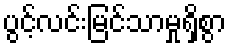
ပွင့်လင်းမြင်သာမှုရှိစွာ